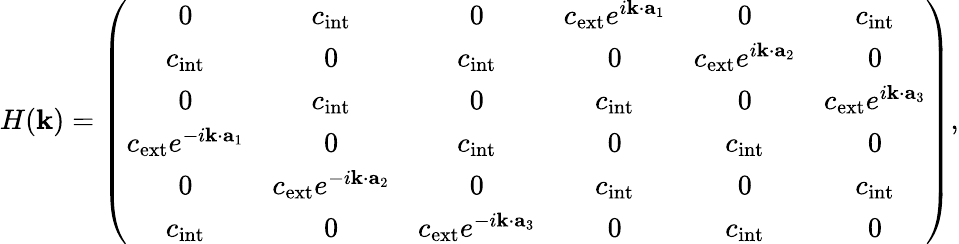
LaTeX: H(\mathbf{k})=\left(\begin{array}{cccccc}{0}&{c_{\mathrm{int}}}&{0}&{c_{\mathrm{ext}}e^{i\mathbf{k}\cdot\mathbf{a}_{1}}}&{0}&{c_{\mathrm{int}}}\\ {c_{\mathrm{int}}}&{0}&{c_{\mathrm{int}}}&{0}&{c_{\mathrm{ext}}e^{i\mathbf{k}\cdot\mathbf{a}_{2}}}&{0}\\ {0}&{c_{\mathrm{int}}}&{0}&{c_{\mathrm{int}}}&{0}&{c_{\mathrm{ext}}e^{i\mathbf{k}\cdot\mathbf{a}_{3}}}\\ {c_{\mathrm{ext}}e^{-i\mathbf{k}\cdot\mathbf{a}_{1}}}&{0}&{c_{\mathrm{int}}}&{0}&{c_{\mathrm{int}}}&{0}\\ {0}&{c_{\mathrm{ext}}e^{-i\mathbf{k}\cdot\mathbf{a}_{2}}}&{0}&{c_{\mathrm{int}}}&{0}&{c_{\mathrm{int}}}\\ {c_{\mathrm{int}}}&{0}&{c_{\mathrm{ext}}e^{-i\mathbf{k}\cdot\mathbf{a}_{3}}}&{0}&{c_{\mathrm{int}}}&{0}\end{array}\right),